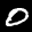
Label: 0